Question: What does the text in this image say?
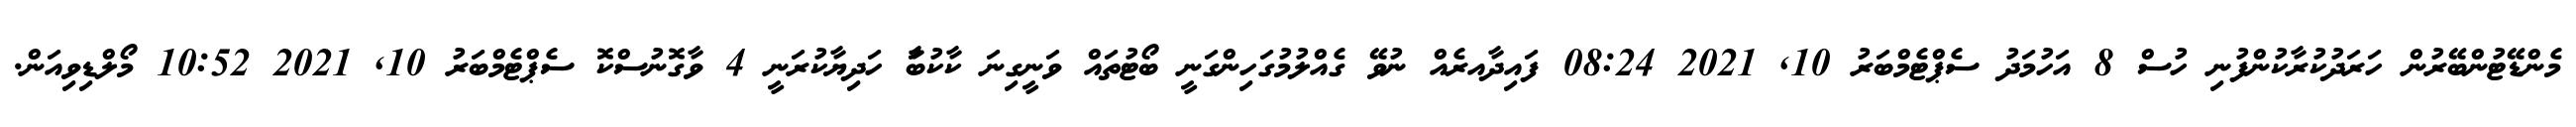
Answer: މެންޑޭޓުންބޭރުން ހަރަދުކުރާކުންފުނި ހުސް 8 އަހުމަދު ސެޕްޓެމްބަރު 10, 2021 08:24 ފައިދާއރެއް ނުވޭ ގެއްލުމުގަހިންގަނީ ބޯޓުތައް ވަނީގިނަ ކާކުބަާ ހަދިޔާކުރަނީ 4 ވާގޮނުސްކޮ ސެޕްޓެމްބަރު 10, 2021 10:52 މޯލްޑިވިއަން.